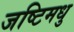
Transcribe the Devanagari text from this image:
जष्टिमधु